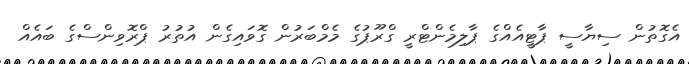
އެގޮތުން ސިޔާސީ ޕާޓީއެއްގެ ޕާލިމެންޓްރީ ގްރޫޕުގެ މެމްބަރުން ގޮވައިގެން އުތުރު ޕްރޮވިންސްގެ ބައެއް